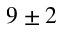
9 \pm 2